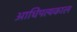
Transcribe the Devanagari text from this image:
आधिपत्यकाल